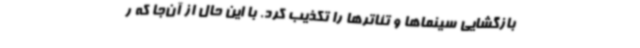
بازگشایی سینماها و تئاترها را تکذیب کرد. با این حال از آن‌جا که ر